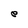
Character: e